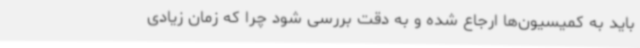
باید به کمیسیون‌ها ارجاع شده و به دقت بررسی شود چرا که زمان زیادی